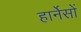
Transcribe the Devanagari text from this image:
हार्नेसों